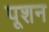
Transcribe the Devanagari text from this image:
पूशन